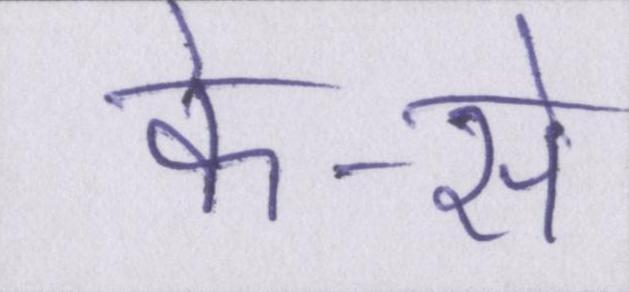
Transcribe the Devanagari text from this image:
के-से